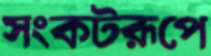
সংকটরূপে